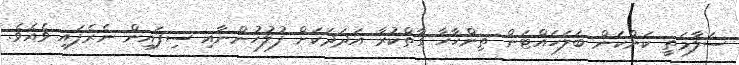
ސަލާމަތީ ކަންކަން ބަލަހައްޓަން ތިންހާހާ ގާތްކުރާ އަދަދަކަށް ފުލުހުންނާއި ސިފައިން ނެރެފައި ވެއެވެ.